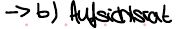
-> b) Aufsichtsrat